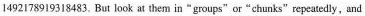
1492178919318483. But look at them in " groups" or"chunks" repeatedly,and